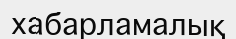
хабарламалық